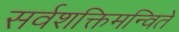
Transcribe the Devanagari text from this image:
सर्वशक्तिमन्विते